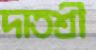
দাতশ্রী